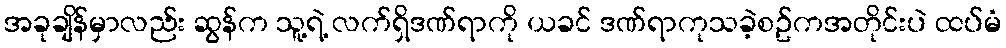
အခုချိန်မှာလည်း ဆွန်က သူ့ရဲ့ လက်ရှိဒဏ်ရာကို ယခင် ဒဏ်ရာကုသခဲ့စဥ်ကအတိုင်းပဲ ထပ်မံ